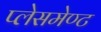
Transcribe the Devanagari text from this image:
प्लेसमेण्ट